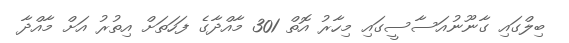
ބިލްގައި ގާނޫނުއަސާސީގައި މިހާރު އޮތް 301 މާއްދާގެ ފަހަތަށް އިތުރު އަށް މާއްދާ